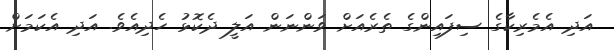
އަދި އެމެރިކާގެ ސިފައިންގެ ތެރެއަށް ވަންނަން އަލީ ދެކޮޅު ހެދިއެވެ. އަދި އެކަމަށް